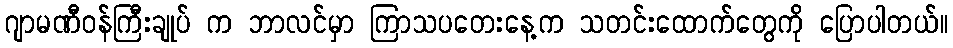
ဂျာမဏီဝန်ကြီးချုပ် က ဘာလင်မှာ ကြာသပတေးနေ့က သတင်းထောက်တွေကို ပြောပါတယ်။